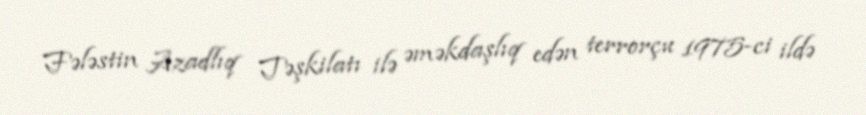
Fələstin Azadlıq Təşkilatı ilə əməkdaşlıq edən terrorçu 1975-ci ildə